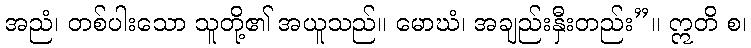
အညံ၊ တစ်ပါးသော သူတို့၏ အယူသည်။ မောဃံ၊ အချည်းနှီးတည်း”။ ဣတိ စ၊